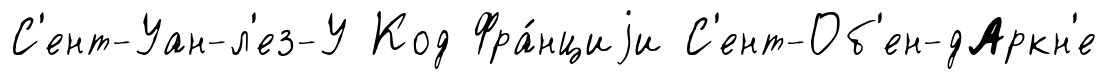
С'ент-Уан-л'ез-У Код Фра́нциjи С'ент-Об'ен-дАркн'е